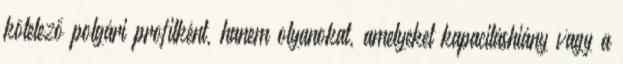
kötelező polgári profilként, hanem olyanokat, amelyeket kapacitáshiány vagy a